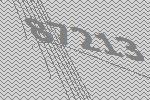
87213